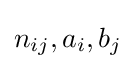
n_{ij},a_{i},b_{j}